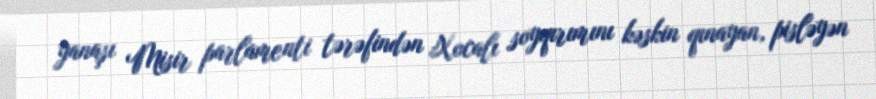
yanaşı Misir parlamenti tərəfindən Xocalı soyqırımını kəskin qınayan, pisləyən